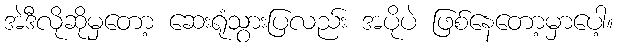
အဲဒီလိုဆိုမှတော့ ဆေးရုံသွားပြလည်း အပိုပဲ ဖြစ်နေတော့မှာပေါ့။